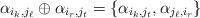
LaTeX: \begin{align*}\alpha_{i_k, j_\ell} \oplus \alpha_{i_r, j_t} = \{ \alpha_{i_k, j_t}, \alpha_{j_\ell, i_r}\}\end{align*}